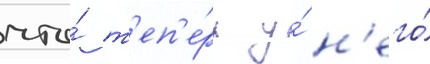
что́ т'еп'е́рь у́ н'его́